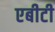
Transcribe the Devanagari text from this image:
एबीटी